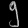
Digit: ၅